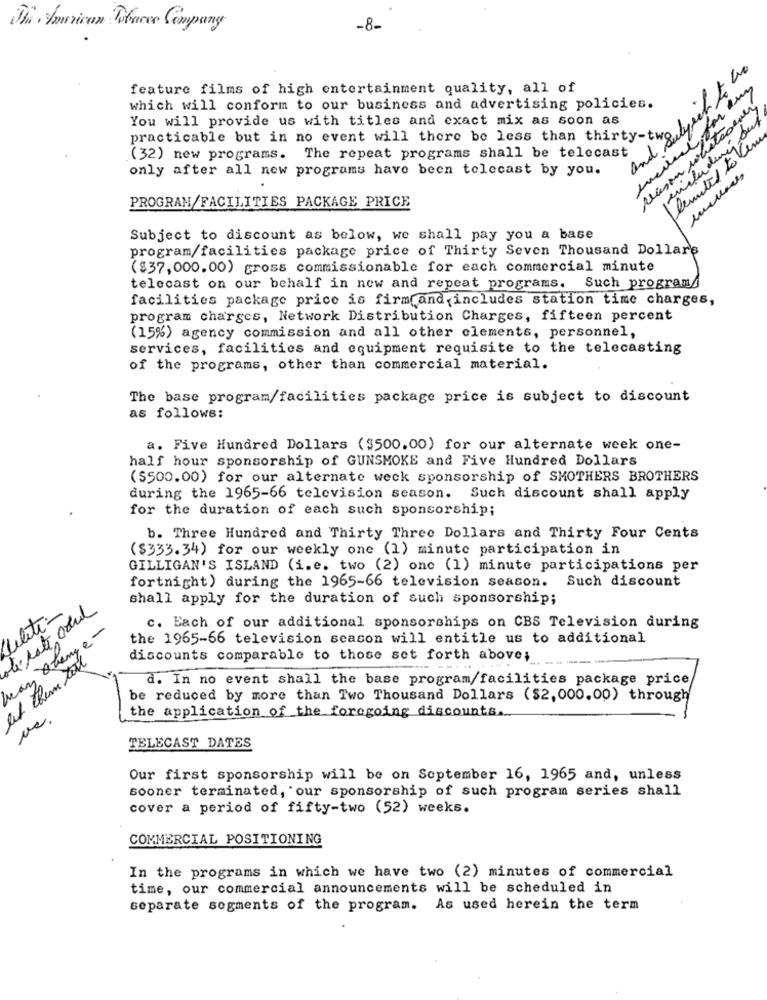
The American Tobaces Company
-8-
feature films of high entertainment quality, all of
which will conform to our business and advertising policies.
You will provide us with titles and exact mix as soon as
practicable but in no event will there be less than thing . let.
limited to lem
and
(32) new programs. The repeat programs shall be telecast
only after all new programs have been telecast by you.
PROGRAM/FACILITIES PACKAGE PRICE
Subject to discount as below, we shall pay you a base
program/facilities package price of Thirty Seven Thousand Dollars
($37,000.00) gross commissionable for each commercial minute
telecast on our behalf in new and repeat programs. Such programs
facilities package price is firm and includes station time charges,
program charges, Network Distribution Charges, fifteen percent
(15%) agency commission and all other clements, personnel,
services, facilities and equipment requisite to the telecasting
of the programs, other than commercial material.
The base program/facilities package price is subject to discount
as follows:
a. Five Hundred Dollars ($500.00) for our alternate week one-
half hour sponsorship of GUNSMOKE and Five Hundred Dollars
(SS00.00) for our alternate weck sponsorship of SMOTHERS BROTHERS
during the 1965-66 television season. Such discount shall apply
for the duration of each such sponsorship;
b. Three Hundred and Thirty Three Dollars and Thirty Four Cents
($333.34) for our weekly one (1) minute participation in
GILLIGAN'S ISLAND (i.e. two (2) onc (1) minute participations per
fortnight) during the 1965-66 television season. Such discount
shall apply for the duration of such sponsorship;
aberate coud
Celeti-
may Quang e-
c. Each of our additional sponsorships on CBS Television during
the 1965-66 television season will entitle us to additional
let them toil
discounts comparable to those set forth above;
d. In no event shall the base program/facilities package price
be reduced by more than Two Thousand Dollars ($2, 000.00) through
the application of the foregoing discounts.
TELECAST DATES
Our first sponsorship will be on September 16, 1965 and, unless
sooner terminated, our sponsorship of such program series shall
cover a period of fifty-two (52) weeks.
COMMERCIAL POSITIONING
In the programs in which we have two (2) minutes of commercial
time, our commercial announcements will be scheduled in
separate segments of the program. As used herein the term